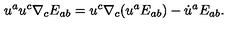
u ^ { a } u ^ { c } \nabla _ { c } E _ { a b } = u ^ { c } \nabla _ { c } ( u ^ { a } E _ { a b } ) - \dot { u } ^ { a } E _ { a b } .